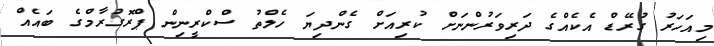
މިއަހަރު ގުރޭޑް އެކެއްގެ ދަރިވަރުންނަށް ކުރިއަށް ގެންދިޔަ ހެލްތު ސްކްރީނިން ޕްރޮގުރާމްގެ ބައެއް